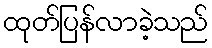
ထုတ်ပြန်လာခဲ့သည်